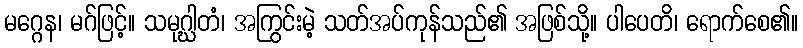
မဂ္ဂေန၊ မဂ်ဖြင့်။ သမုဂ္ဃါတံ၊ အကြွင်းမဲ့ သတ်အပ်ကုန်သည်၏ အဖြစ်သို့။ ပါပေတိ၊ ရောက်စေ၏။